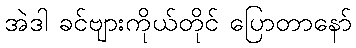
အဲဒါ ခင်ဗျားကိုယ်တိုင် ပြောတာနော်